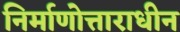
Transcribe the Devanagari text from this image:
निर्माणोत्ताराधीन